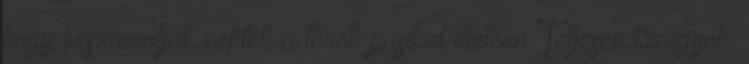
hogy beszámoljak nektek a török pasikat illetően. Teljesen kivagyok.